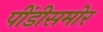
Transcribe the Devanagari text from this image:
पींडीसमोर